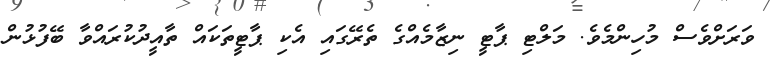
ވަރަށްވެސް މުހިންމެވެ. މަލްޓި ޕާޓީ ނިޒާމެއްގެ ތެރޭގައި އެކި ޕާޓީތަކައް ތާއީދުކުރައްވާ ބޭފުޅުން